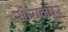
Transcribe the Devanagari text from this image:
सोरानपूर